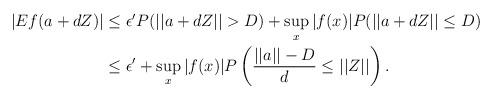
LaTeX: \begin{align*}\begin{aligned} |Ef(a+dZ)| &\leq \epsilon' P(||a+dZ||>D)+\sup_x |f(x)|P(||a+dZ||\leq D) \\&\leq \epsilon' +\sup_x |f(x)|P\left(\frac{||a||-D}{d}\leq ||Z||\right). \end{aligned}\end{align*}